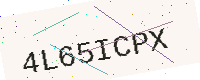
Text: 4L65ICPX